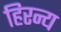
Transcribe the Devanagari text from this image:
हिरन्य